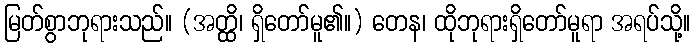
မြတ်စွာဘုရားသည်။ (အတ္ထိ၊ ရှိတော်မူ၏။) တေန၊ ထိုဘုရားရှိတော်မူရာ အရပ်သို့။